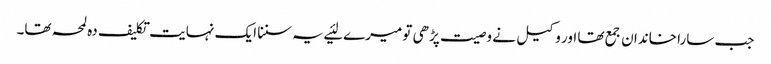
جب سارا خاندان جمع تھا اور وکیل نے وصیت پڑھی تو میرے لئیے یہ سننا ایک نہایت تکلیف دہ لمحہ تھا۔